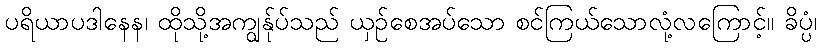
ပရိယာပဒါနေန၊ ထိုသို့အကျွန်ုပ်သည် ယှဉ်စေအပ်သော စင်ကြယ်သောလုံ့လကြောင့်။ ခိပ္ပံ၊